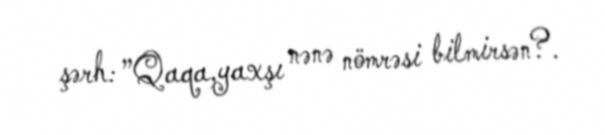
şərh: ”Qaqa,yaxşı nənə nömrəsi bilmirsən?.